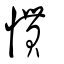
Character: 慣